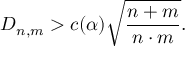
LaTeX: D _ { n , m } > c ( \alpha ) { \sqrt { \frac { n + m } { n \cdot m } } } .